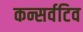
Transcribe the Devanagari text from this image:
कन्सर्वटिव